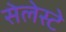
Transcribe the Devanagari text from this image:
सेलेस्टे